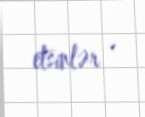
etsinlər .